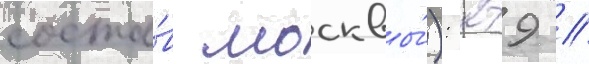
соста́в москвы́): 279 //